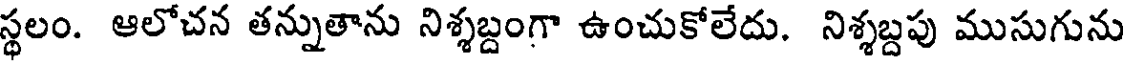
స్థలం. ఆలోచన తన్నుతాను నిశ్శబ్దంగా ఉంచుకోలేదు. నిశ్శబ్దపు ముసుగును